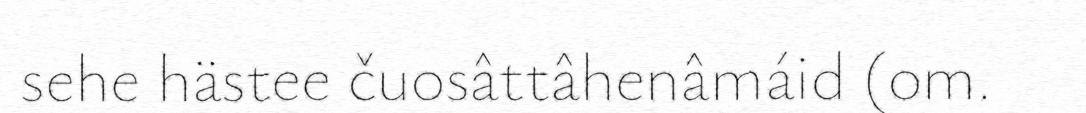
sehe hästee čuosâttâhenâmáid (om.